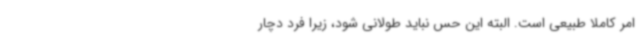
امر کاملا طبیعی است. البته این حس نباید طولانی شود، زیرا فرد دچار